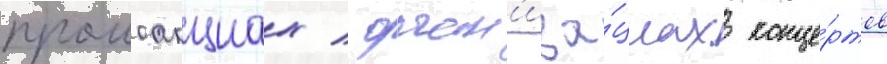
промоакциах / орган'иза́циах конце́ртов